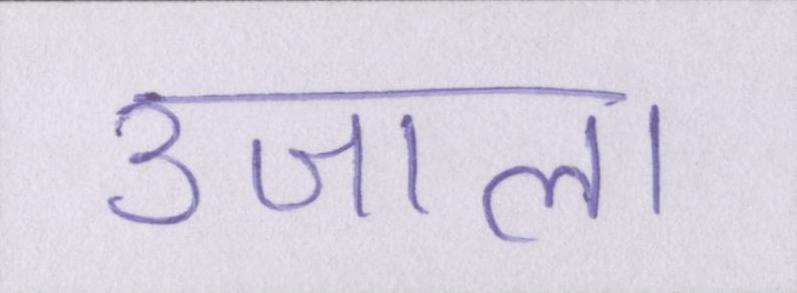
उजाला